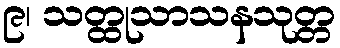
၉၊ သတ္ထုသာသနသုတ္တ